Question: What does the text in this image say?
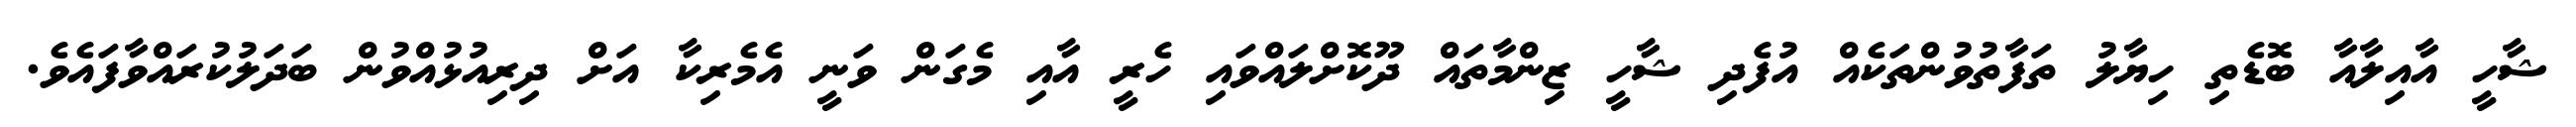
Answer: ޝާހީ އާއިލާއާ ބޮޑެތި ހިޔާލު ތަފާތުވުންތަކެއް އުފެދި ޝާހީ ޒިންމާތައް ދޫކޮށްލައްވައި ހެރީ އާއި މެގަން ވަނީ އެމެރިކާ އަށް ދިރިއުޅުއްވުން ބަދަލުކުރައްވާފައެވެ.